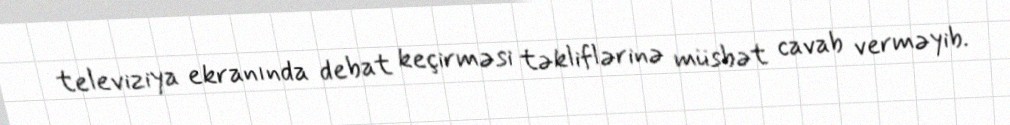
televiziya ekranında debat keçirməsi təkliflərinə müsbət cavab verməyib.